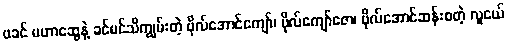
ဖခင် မဟာဆွေနဲ့ ခင်မင်သိကျွမ်းတဲ့ ဗိုလ်အောင်ကျော်၊ ဗိုလ်ကျော်ဇော၊ ဗိုလ်အောင်ဆန်းစတဲ့ လူငယ်